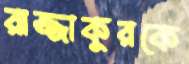
রাজ্জাকুরকে